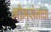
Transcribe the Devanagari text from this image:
भीमसेनांचा